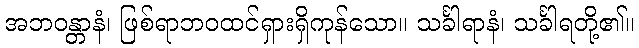
အဘဝန္တာနံ၊ ဖြစ်ရာဘဝထင်ရှားရှိကုန်သော။ သင်္ခါရာနံ၊ သင်္ခါရတို့၏။